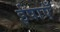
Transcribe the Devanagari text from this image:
ईषाएँ